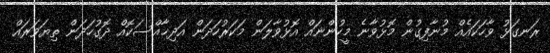
ރަނގަޅު ވާހަކައެއް މުނާފިގުން މޮޅުވާނެ މީހުންނައް އޮޅުވާލަން މަކަރުހަދަން އަދިޚާއްސަކޮއް ދޮގުހަދަން ތިޔަވަރައް